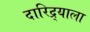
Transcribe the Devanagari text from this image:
दारिद्र्याला